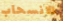
الانسحاب